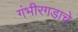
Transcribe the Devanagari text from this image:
गंभीरगडाचे